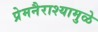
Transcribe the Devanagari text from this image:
प्रेमनैराश्‍यामुळे